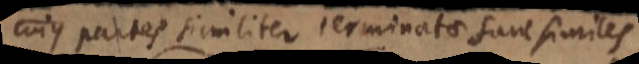
cujus partes similiter terminatae sane similes